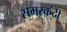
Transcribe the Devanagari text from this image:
समरक़ंदी